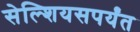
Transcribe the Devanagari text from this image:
सेल्शियसपर्यंत